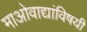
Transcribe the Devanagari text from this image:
माओवाद्यांविषयी